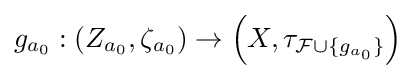
g_{a_{0}}:\left(Z_{a_{0}},\zeta _{a_{0}}\right)\to \left(X,\tau _{{\mathcal {F}}\cup \{g_{a_{0}}\}}\right)